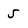
Character: 5